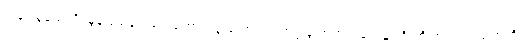
တုန့်ပြန်ခဲ့သလို၊ မွန်ပြည်နယ်ရွေးကောက်ပွဲ ကော်မရှင်အဖွဲ့ခွဲ အတွင်းရေးမှူး ဦးဟိဏ်းလင်းထက်ကို